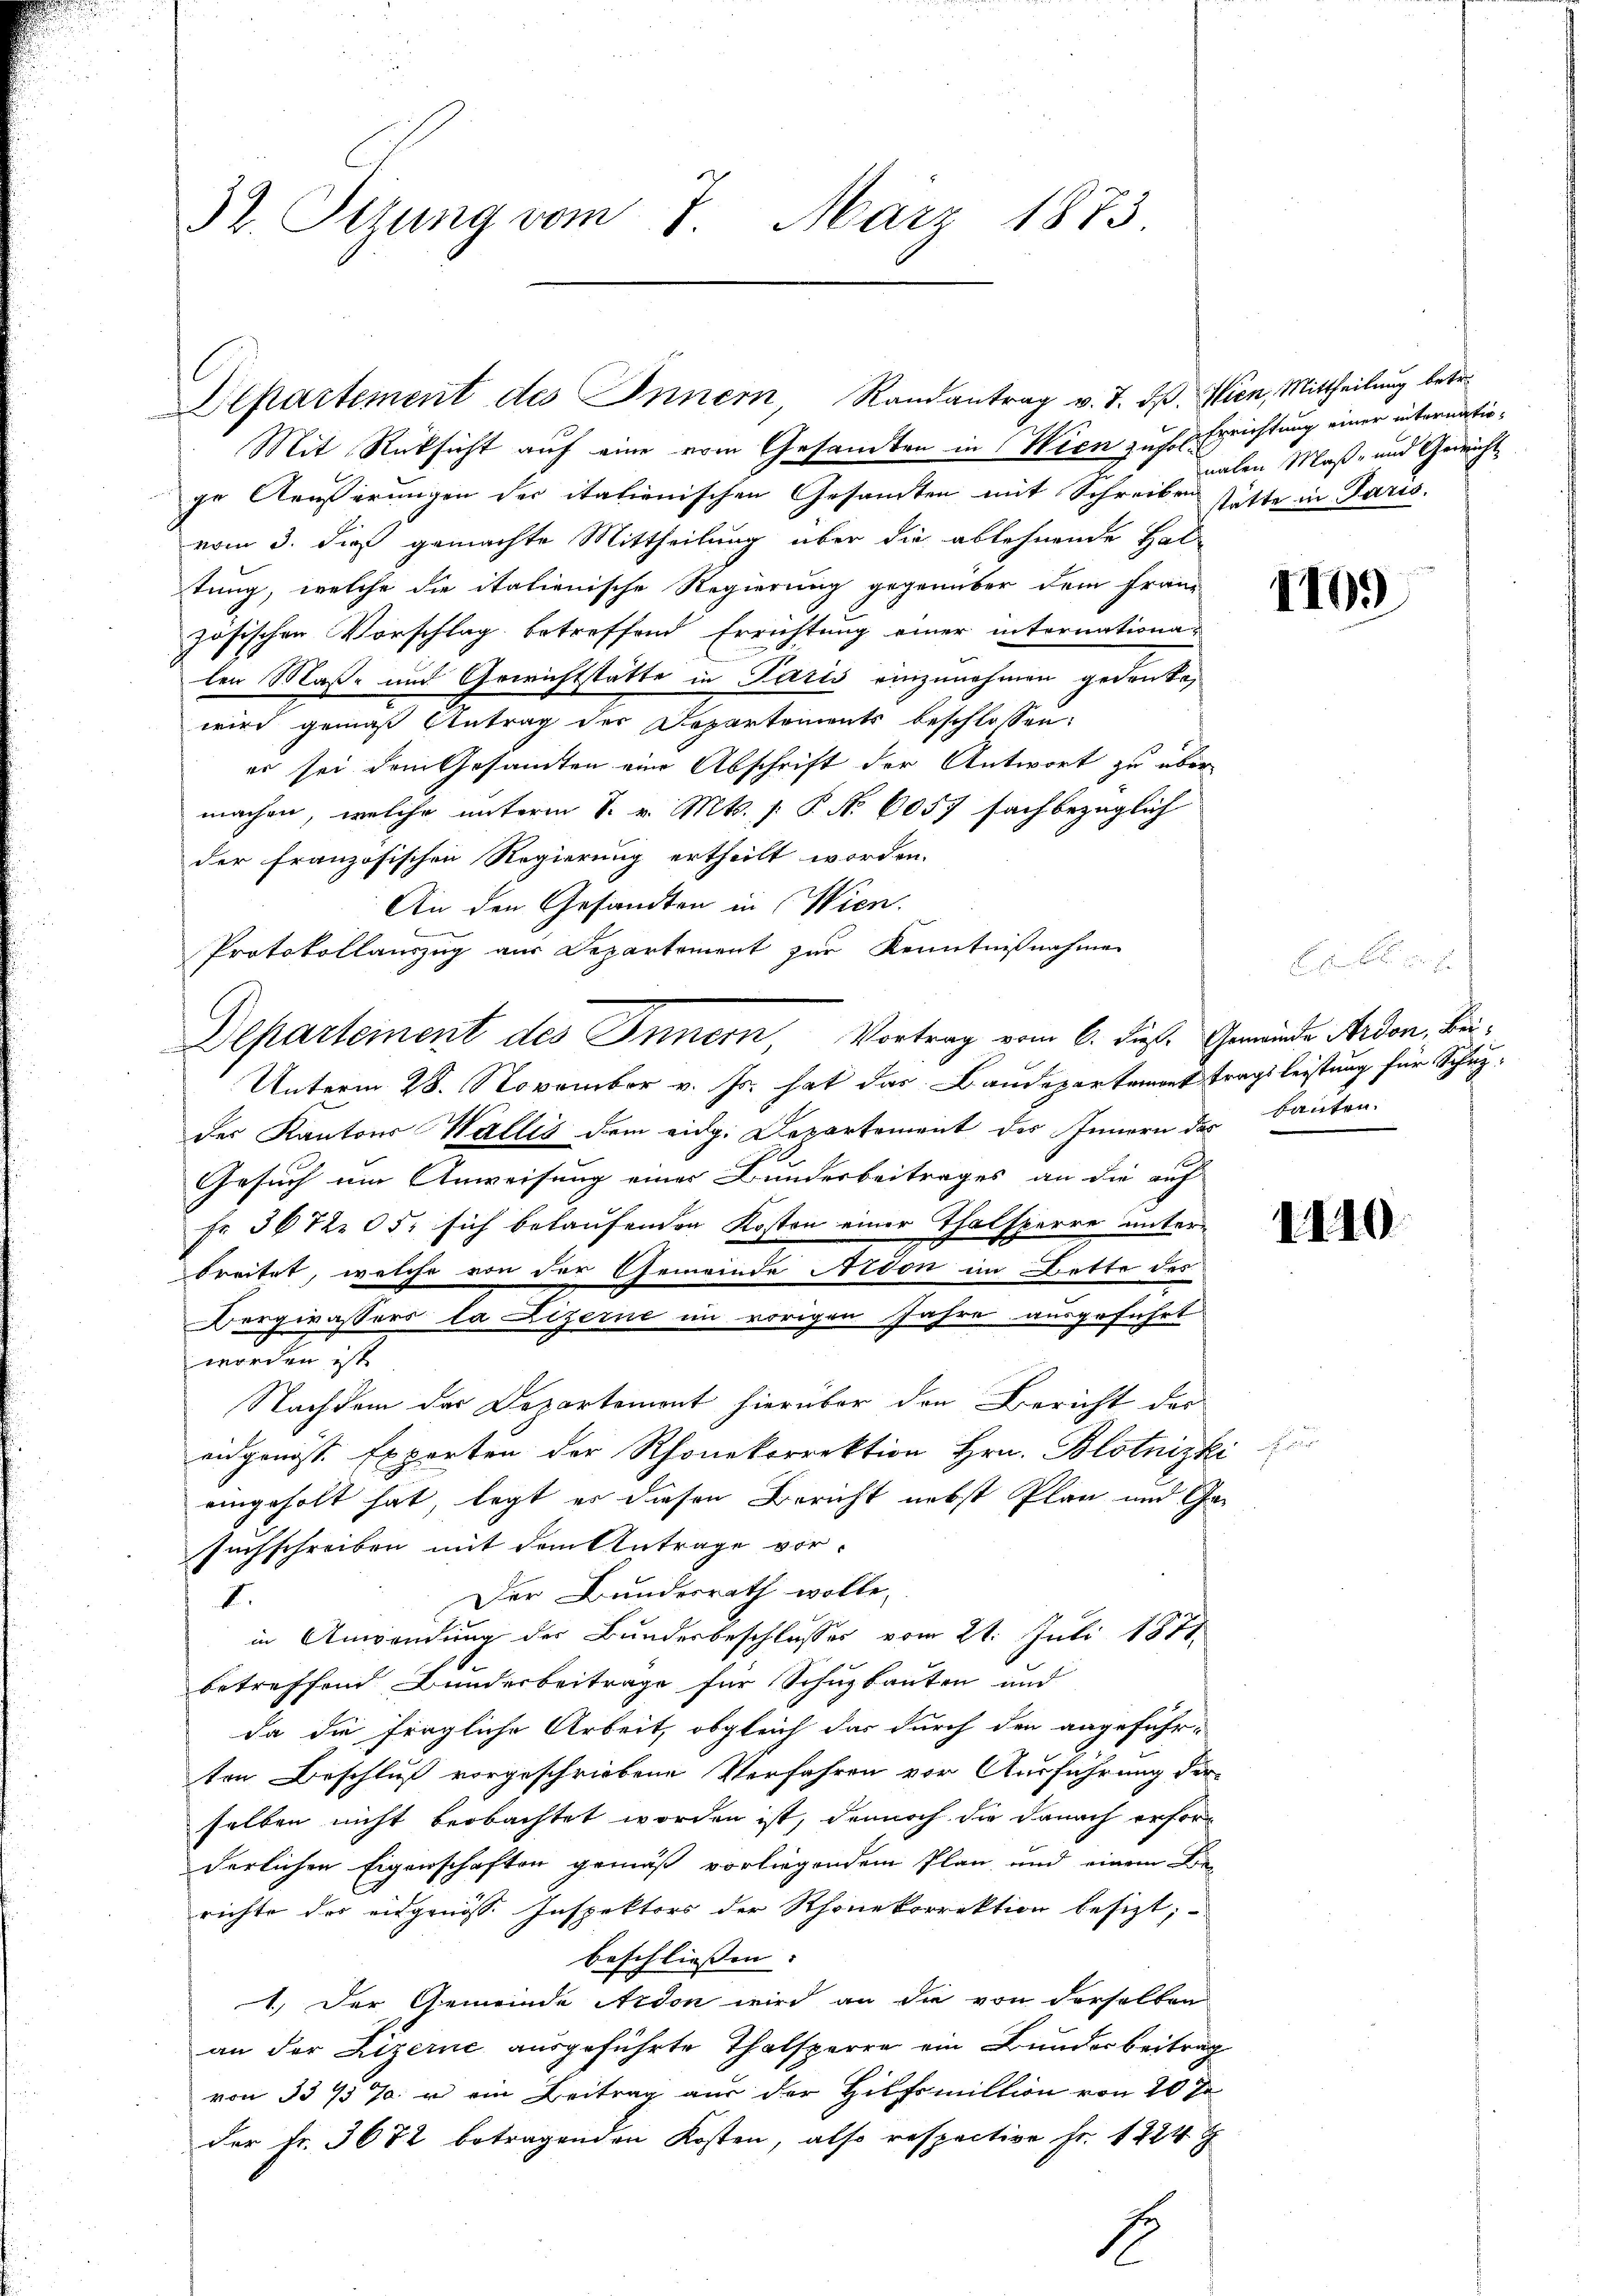
32. Sizung vom 7. März 1873.

Departement des Innern, Randantrag v. J. dß. Wien, Mittheilung betre

Mit Rüksicht auf eine vom Gesandten in Wien zu sol Errichtung einer internatioge Aeußerungen der italienischen Gesamten mit Schreiben sitte in Paris.
vom 3. dieß gemachte Mittheilung über die ablehnende Hal-
tung, welche die italienische Regierung gegenüber dem Franz
zösischen Vorschlag betreffend Errichtung einer internationa-
len Maße und Gewichtstatte in Paris einzunehmen gedanke,
wird gemäß Antrag der Departements beschlossen:
er sei dem Gesandten eine Abschrift der Antwort zu über
machen, welche unterm S. v. Mts. [ P. Nr. 6057 sachbezüglich
der französischen Regierung ertheilt worden.
An den Gesandten in Wien.
Protokollauszug aus Departement zur Kenntnißnahme
Departement des Innern, Vortrag vom 6. dieß. Gemeinde Ardon, Bei¬
Unterm 28. November v. Js. hat das Baudepartement tragsleistung für Schutzder Kantons Wallis dem eidg. Departement des Innern des Bauten.
Gesuch um Anweisung einer Bundesbeitrages an die auf
Fr. 36 12 05: sich belaufenden Kosten einer Thalsperre unterbreitet, welche von der Gemeinde Aison im Bette des
Bergirassers la izerne im vorigen Jahre ausgeführt
worden ist.
Nachdem der Departemont hierüber den Bericht der
eidgenöss. Experten der Rhonekorrektion Hrn. Blotnizki
eingeholt hat, legt er diesen Bericht nebst Plan und Gesuchschreiben mit dem Antrage vor-
Der Bundesrath wolle,
I.
in Anwendung des Bundesbeschlusses vom 21. Juli 1871
betreffend Bunderbeitrage für Schuzbauten und
da die fragliche Arbeit, obgleich das durch den angeführ-
ten Beschluß vorgeschriebene Verfahren vor Ausführung der-
selben nicht beobachtet worden ist, dennoch die danach erforderlichen Eigenschaften gemäß vorliegendem Plan und einem Be-
richte des eidgenöss. Inspektors der Rhonekorrektion besizt,
beschliessen. |
1.) Der Gemeinde Ardon wird an die von derselben
an der Lizerne ausgeführte Thalsperre ein Bunderbeitrag
von 33 737. r ein Beitrag aus der Hilfsmiltion von 20 Ja
der Fr. 3672 betragenden Kosten, also respective Fr. 1224 g
fe

1

nalen Maß- und Gericht

410.)

1110